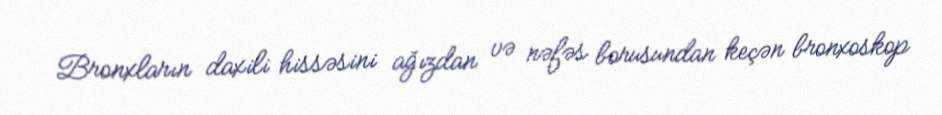
Bronxların daxili hissəsini ağızdan və nəfəs borusundan keçən bronxoskop